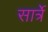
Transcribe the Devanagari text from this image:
सार्त्रे